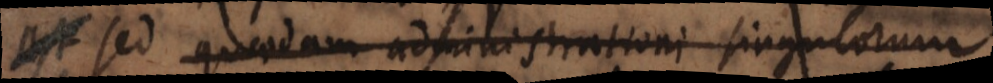
partitur, quaedam administrationi singulorum